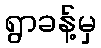
ရွာခန့်မှ